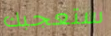
ستعجبك